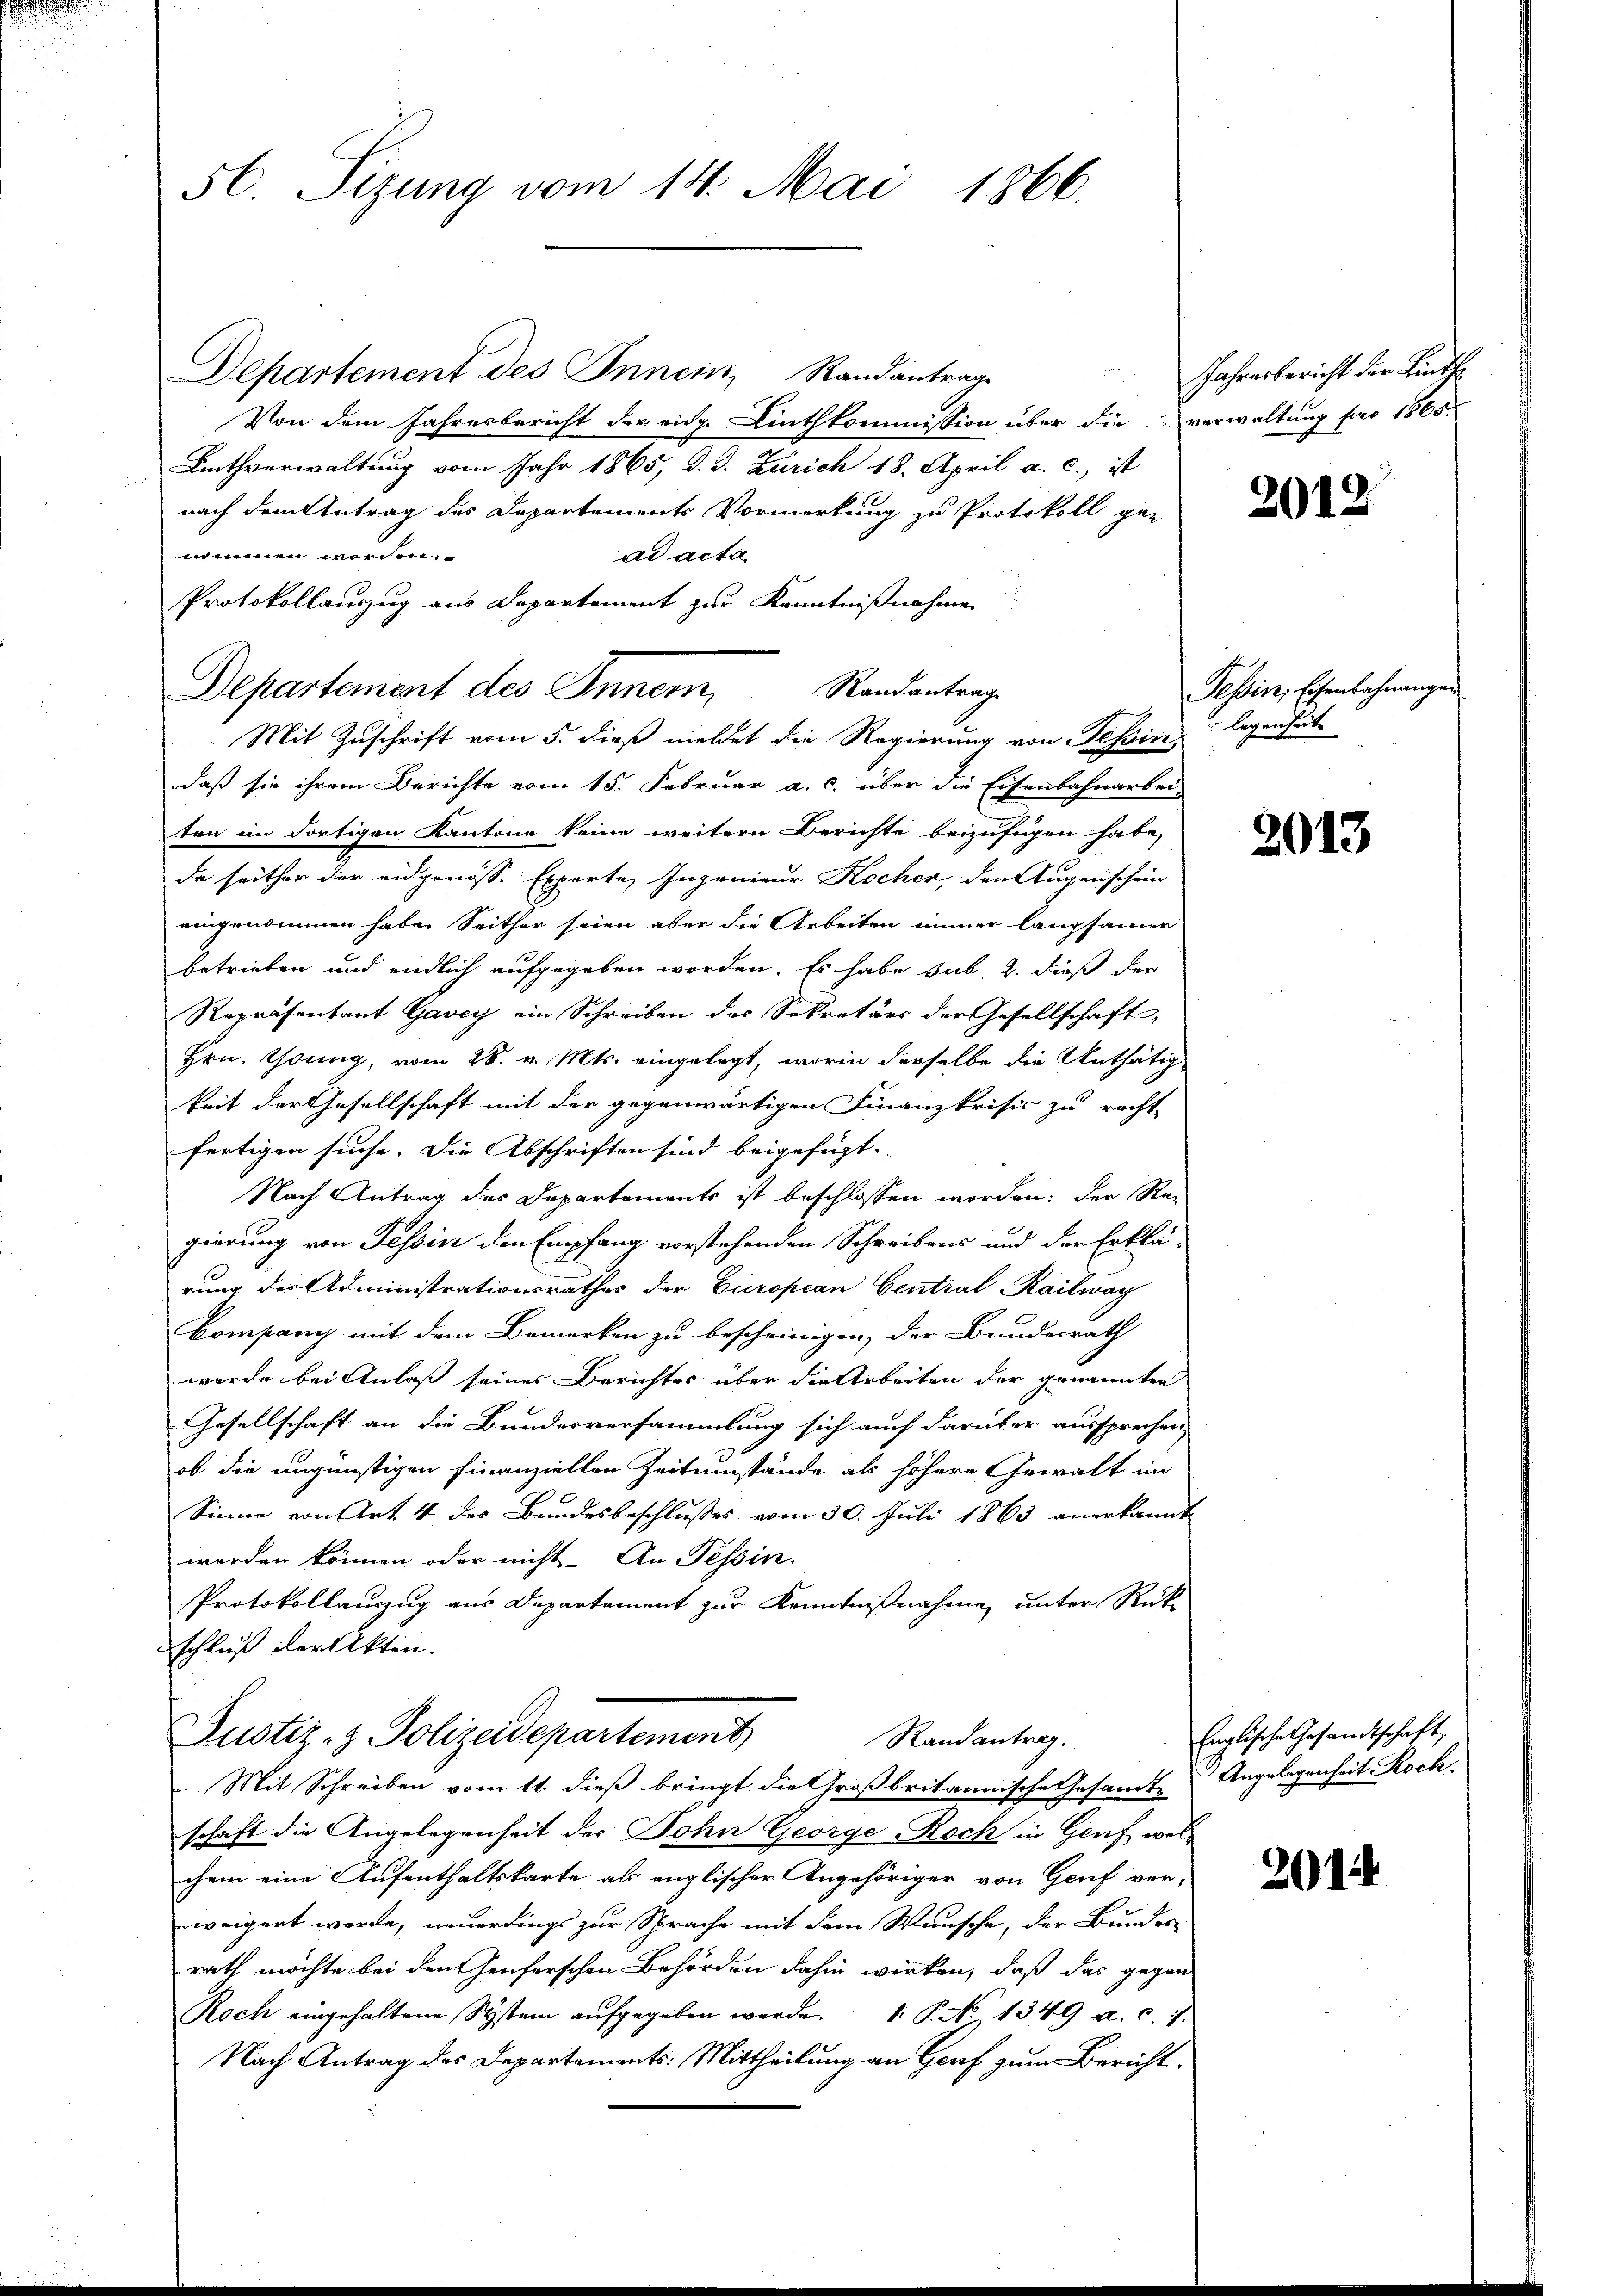
56. Sizung vom 14. Mai 1866.

Departement des Innern, Randantrage
Von dem Jahresbericht der eidg. Linthkommission über die verwaltung für 1865.
Linthverwaltung vom Jahr 1865, d. d. Zürich 18. April a. c., ist
nach dem Antrag des Departements Vormerkung zu Protokoll ge-
nommen worden.
ad acta
Protokollauszug aus Departement zur Kenntnißnahmen
daß sie ihrem Berichte vom 15. Februar a. c. über die Eisenbahnarbei-
ten im dortigen Kantone keine weitern Berichte beizufügen habe,
da seither der eidgenösse Experte, Ingenieur Kocher, den Augenschein
eingenommen habe. Seither seien aber die Arbeiten immer langsamer
betrieben und endlich aufgegeben worden. Es habe sub. 2. dieß der
Repräsentant Gavey ein Schreiben des Sekretärs der Gesellschaft,
Hrn. Tönng, vom 28. v. Mts. eingelegt, worin derselbe die Unthätig
keit der Gesellschaft mit der gegenwärtigen Finanzkrisis zu recht-
fertigen suche. Die Abschriften sind beigefügt.
Nach Antrag des Departements ist beschlossen worden; der Re-
gierung von Tessin den Empfang vorstehenden Schreibens und der Erklä-
rung der Administrationsrathes der European Central-Railwag
Company mit dem Bemerken zu bescheinigen, der Bundesrath
werde bei Anlass seines Berichtes über die Arbeiten der genannten
Gesellschaft an die Bundesversammlung sich auch darüber aussprechen.
ob die ungünstigen finanziellen Zeitumstände als höhere Gewalt im
Sinne von Art 4 des Bundesbeschlusses vom 30. Juli 1863 anerkannt
werden können oder nicht- An Tessin.
Protokollauszug aus Departement zur Kenntnißnahme unter Rücke
schluß der Akten.
Justiz- & Polizeidepartement
Randantrag.
Mit Schreiben vom 11. dieß bringt, die Großbritannische Gesandte
schaft die Angelegenheit der Sohn George-Roch in Genf welchem eine Aufenthaltskarte als englischer Angehöriger von Genf ver-
weigert werde, neuerdings zur Sprache mit dem Wunsche, der Bundes-
rath möchte bei den Genferschen Behörden dahin wirken, daß das gegen
Roch eingehaltene System aŭfgegeben werde. 1. P. No 1349 a. c. 7.
Nach Antrag des Departements: Mittheilung an Genf zum Bericht.

Departement des Inner, Randantrage
Mit Zuschrift vom 5. dieß meldet die Regierung von Tessin, legenheit

Jahresbericht der Linth

2012

Tessin, Eisenbahnangen

2013

Englische Gesandtschaft
Angelegenheit Roch.

201